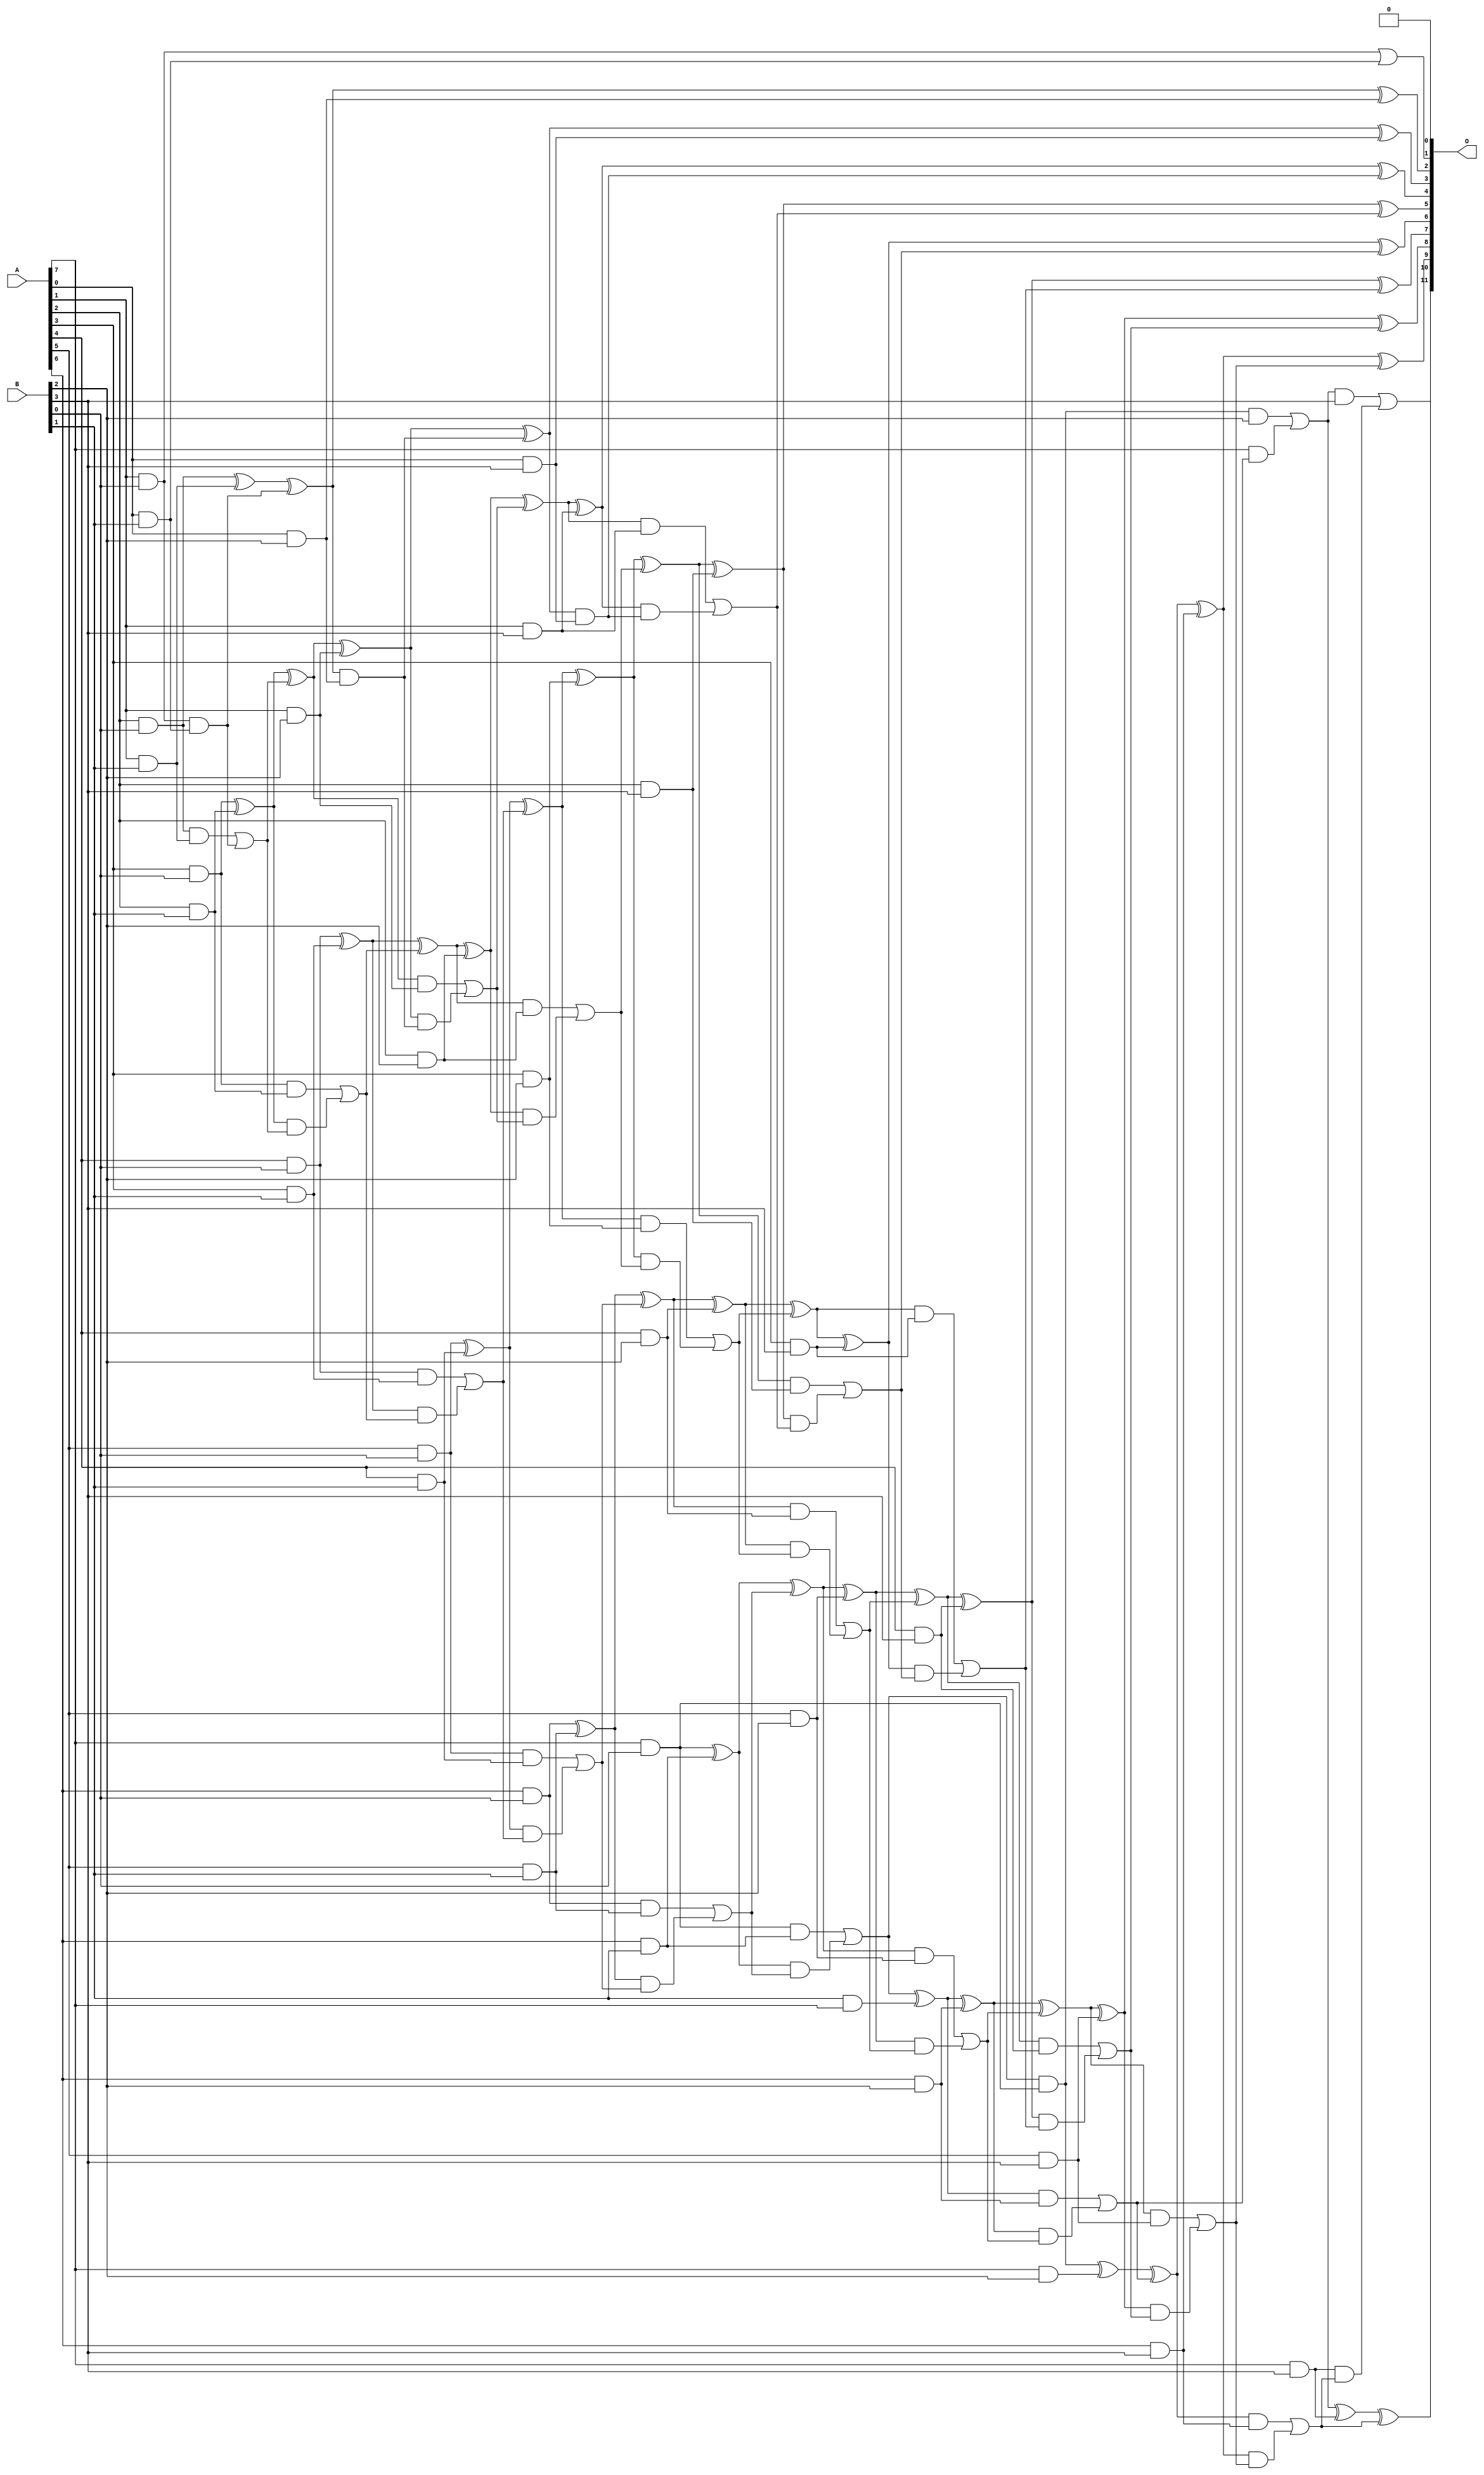
/***
* This code is a part of EvoApproxLib library (ehw.fit.vutbr.cz/approxlib) distributed under The MIT License.
* When used, please cite the following article(s): V. Mrazek, L. Sekanina, Z. Vasicek "Libraries of Approximate Circuits: Automated Design and Application in CNN Accelerators" IEEE Journal on Emerging and Selected Topics in Circuits and Systems, Vol 10, No 4, 2020 
* This file contains a circuit from a sub-set of pareto optimal circuits with respect to the pwr and mre parameters
***/
// MAE% = 0.0061 %
// MAE = 0.25 
// WCE% = 0.024 %
// WCE = 1.0 
// WCRE% = 100.00 %
// EP% = 25.00 %
// MRE% = 0.18 %
// MSE = 0.25 
// PDK45_PWR = 0.130 mW
// PDK45_AREA = 312.1 um2
// PDK45_DELAY = 1.16 ns

module mul8x4u_2AN (
    A,
    B,
    O
);

input [7:0] A;
input [3:0] B;
output [11:0] O;

wire sig_12,sig_13,sig_14,sig_15,sig_16,sig_17,sig_18,sig_19,sig_20,sig_21,sig_22,sig_23,sig_24,sig_25,sig_26,sig_27,sig_28,sig_29,sig_30,sig_31;
wire sig_32,sig_33,sig_34,sig_35,sig_36,sig_37,sig_38,sig_39,sig_40,sig_41,sig_42,sig_43,sig_44,sig_45,sig_46,sig_47,sig_48,sig_49,sig_50,sig_51;
wire sig_52,sig_53,sig_54,sig_55,sig_57,sig_58,sig_59,sig_60,sig_61,sig_62,sig_63,sig_64,sig_65,sig_66,sig_67,sig_68,sig_69,sig_70,sig_71,sig_72;
wire sig_73,sig_74,sig_75,sig_76,sig_77,sig_78,sig_79,sig_80,sig_81,sig_82,sig_83,sig_84,sig_85,sig_86,sig_87,sig_88,sig_89,sig_90,sig_91,sig_92;
wire sig_93,sig_94,sig_95,sig_96,sig_97,sig_98,sig_99,sig_100,sig_101,sig_102,sig_103,sig_104,sig_105,sig_106,sig_107,sig_108,sig_109,sig_110,sig_111,sig_112;
wire sig_113,sig_114,sig_115,sig_116,sig_117,sig_118,sig_119,sig_120,sig_121,sig_122,sig_123,sig_124,sig_125,sig_126,sig_127,sig_128,sig_129,sig_130,sig_131,sig_132;
wire sig_133,sig_134,sig_135,sig_136,sig_137,sig_138,sig_139,sig_140,sig_141,sig_142,sig_143,sig_144,sig_145,sig_146,sig_147,sig_148,sig_149,sig_150,sig_151;

assign sig_12 = A[4] & B[0];
assign sig_13 = A[1] & B[0];
assign sig_14 = A[2] & B[0];
assign sig_15 = A[3] & B[0];
assign sig_16 = B[1] & A[7];
assign sig_17 = A[5] & B[0];
assign sig_18 = A[6] & B[0];
assign sig_19 = A[7] & B[0];
assign sig_20 = A[0] & B[1];
assign sig_21 = A[1] & B[1];
assign sig_22 = A[2] & B[1];
assign sig_23 = A[3] & B[1];
assign sig_24 = A[4] & B[1];
assign sig_25 = A[5] & B[1];
assign sig_26 = A[6] & B[1];
assign sig_27 = sig_13 & sig_20;
assign sig_28 = sig_13 & sig_20;
assign sig_29 = sig_13 | sig_20;
assign sig_30 = sig_14 ^ sig_21;
assign sig_31 = sig_14 & sig_21;
assign sig_32 = sig_19 & sig_26;
assign sig_33 = sig_30 ^ sig_28;
assign sig_34 = sig_31 | sig_27;
assign sig_35 = sig_15 ^ sig_22;
assign sig_36 = sig_15 & sig_22;
assign sig_37 = sig_35 & sig_34;
assign sig_38 = sig_35 ^ sig_34;
assign sig_39 = sig_36 | sig_37;
assign sig_40 = sig_12 ^ sig_23;
assign sig_41 = sig_12 & sig_23;
assign sig_42 = sig_40 & sig_39;
assign sig_43 = sig_40 ^ sig_39;
assign sig_44 = sig_41 | sig_42;
assign sig_45 = sig_17 ^ sig_24;
assign sig_46 = sig_17 & sig_24;
assign sig_47 = sig_45 & sig_44;
assign sig_48 = sig_45 ^ sig_44;
assign sig_49 = sig_46 | sig_47;
assign sig_50 = sig_18 ^ sig_25;
assign sig_51 = sig_18 & sig_25;
assign sig_52 = sig_50 & sig_49;
assign sig_53 = sig_50 ^ sig_49;
assign sig_54 = sig_51 | sig_52;
assign sig_55 = sig_19 ^ sig_26;
assign sig_57 = sig_55 & sig_54;
assign sig_58 = sig_55 ^ sig_54;
assign sig_59 = sig_32 | sig_57;
assign sig_60 = sig_59 & sig_19;
assign sig_61 = sig_59 ^ sig_16;
assign sig_62 = A[0] & B[2];
assign sig_63 = A[1] & B[2];
assign sig_64 = A[2] & B[2];
assign sig_65 = A[3] & B[2];
assign sig_66 = A[4] & B[2];
assign sig_67 = A[5] & B[2];
assign sig_68 = A[6] & B[2];
assign sig_69 = A[7] & B[2];
assign sig_70 = sig_33 & sig_62;
assign sig_71 = sig_33 ^ sig_62;
assign sig_72 = sig_38 ^ sig_63;
assign sig_73 = sig_38 & sig_63;
assign sig_74 = sig_72 & sig_70;
assign sig_75 = sig_72 ^ sig_70;
assign sig_76 = sig_73 | sig_74;
assign sig_77 = sig_43 ^ sig_64;
assign sig_78 = sig_43 & sig_64;
assign sig_79 = sig_77 & sig_76;
assign sig_80 = sig_77 ^ sig_76;
assign sig_81 = sig_78 | sig_79;
assign sig_82 = sig_48 ^ sig_65;
assign sig_83 = sig_48 & sig_65;
assign sig_84 = sig_82 & sig_81;
assign sig_85 = sig_82 ^ sig_81;
assign sig_86 = sig_83 | sig_84;
assign sig_87 = sig_53 ^ sig_66;
assign sig_88 = sig_53 & sig_66;
assign sig_89 = sig_87 & sig_86;
assign sig_90 = sig_87 ^ sig_86;
assign sig_91 = sig_88 | sig_89;
assign sig_92 = sig_58 ^ sig_67;
assign sig_93 = sig_58 & sig_67;
assign sig_94 = sig_92 & sig_91;
assign sig_95 = sig_92 ^ sig_91;
assign sig_96 = sig_93 | sig_94;
assign sig_97 = sig_61 ^ sig_68;
assign sig_98 = sig_61 & sig_68;
assign sig_99 = sig_97 & sig_96;
assign sig_100 = sig_97 ^ sig_96;
assign sig_101 = sig_98 | sig_99;
assign sig_102 = sig_60 ^ sig_69;
assign sig_103 = sig_60 & B[2];
assign sig_104 = A[7] & sig_101;
assign sig_105 = sig_102 ^ sig_101;
assign sig_106 = sig_103 | sig_104;
assign sig_107 = A[0] & B[3];
assign sig_108 = A[1] & B[3];
assign sig_109 = A[2] & B[3];
assign sig_110 = A[3] & B[3];
assign sig_111 = A[4] & B[3];
assign sig_112 = A[5] & B[3];
assign sig_113 = A[6] & B[3];
assign sig_114 = A[7] & B[3];
assign sig_115 = sig_75 & sig_107;
assign sig_116 = sig_75 ^ sig_107;
assign sig_117 = sig_80 ^ sig_108;
assign sig_118 = sig_80 & sig_108;
assign sig_119 = sig_117 & sig_115;
assign sig_120 = sig_117 ^ sig_115;
assign sig_121 = sig_118 | sig_119;
assign sig_122 = sig_85 ^ sig_109;
assign sig_123 = sig_85 & sig_109;
assign sig_124 = sig_122 & sig_121;
assign sig_125 = sig_122 ^ sig_121;
assign sig_126 = sig_123 | sig_124;
assign sig_127 = sig_90 ^ sig_110;
assign sig_128 = sig_90 & sig_110;
assign sig_129 = sig_127 & sig_126;
assign sig_130 = sig_127 ^ sig_126;
assign sig_131 = sig_128 | sig_129;
assign sig_132 = sig_95 ^ sig_111;
assign sig_133 = sig_95 & sig_111;
assign sig_134 = sig_132 & sig_131;
assign sig_135 = sig_132 ^ sig_131;
assign sig_136 = sig_133 | sig_134;
assign sig_137 = sig_100 ^ sig_112;
assign sig_138 = sig_100 & sig_112;
assign sig_139 = sig_137 & sig_136;
assign sig_140 = sig_137 ^ sig_136;
assign sig_141 = sig_138 | sig_139;
assign sig_142 = sig_105 ^ sig_113;
assign sig_143 = sig_105 & sig_113;
assign sig_144 = sig_142 & sig_141;
assign sig_145 = sig_142 ^ sig_141;
assign sig_146 = sig_143 | sig_144;
assign sig_147 = sig_106 ^ sig_114;
assign sig_148 = sig_106 & B[3];
assign sig_149 = sig_114 & sig_146;
assign sig_150 = sig_147 ^ sig_146;
assign sig_151 = sig_148 | sig_149;

assign O[11] = sig_151;
assign O[10] = sig_150;
assign O[9] = sig_145;
assign O[8] = sig_140;
assign O[7] = sig_135;
assign O[6] = sig_130;
assign O[5] = sig_125;
assign O[4] = sig_120;
assign O[3] = sig_116;
assign O[2] = sig_71;
assign O[1] = sig_29;
assign O[0] = 1'b0;

endmodule